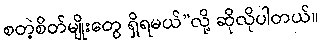
စတဲ့စိတ်မျိုးတွေ ရှိရမယ်”လို့ ဆိုလိုပါတယ်။